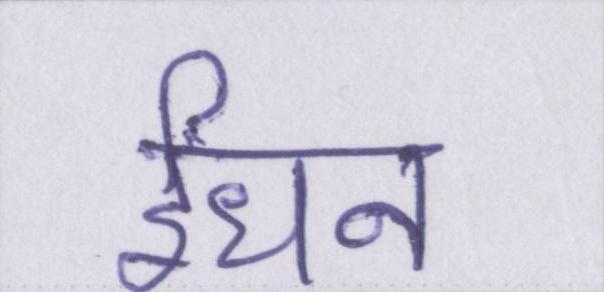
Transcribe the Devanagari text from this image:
ईंधन